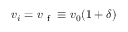
{ v _ { i } = v _ { \mathrm { ~ f ~ } } \equiv v _ { 0 } ( 1 + \delta ) }